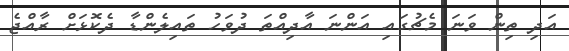
އަދި ތިން ވަނަ މެޗުގައި އަންނަ އާދިއްތަ ދުވަހު ތައިލެންޑާ ދެކޮޅަށް ރާއްޖެ